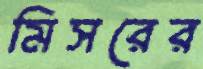
মিসরের